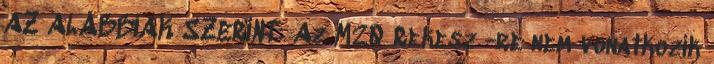
AZ ALÁBBIAK SZERINT: Az M20 Rekesz -re nem vonatkozik